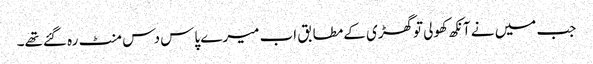
جب میں نے آنکھ کھولی توگھڑی کےمطابق اب میرے پاس دس منٹ رہ گئےتھے۔